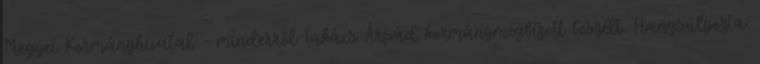
Megyei Kormányhivatal - minderről Takács Árpád kormánymegbízott beszélt. Hangsúlyozta: